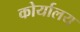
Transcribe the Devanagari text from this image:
कोर्यालय